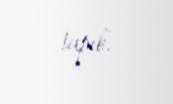
tapıb.